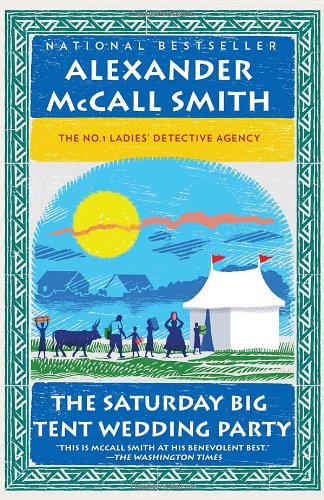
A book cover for The Saturday Big Tent Wedding Party (No. 1 Ladies' Detective Agency Series); Alexander McCall Smith; Literature & Fiction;